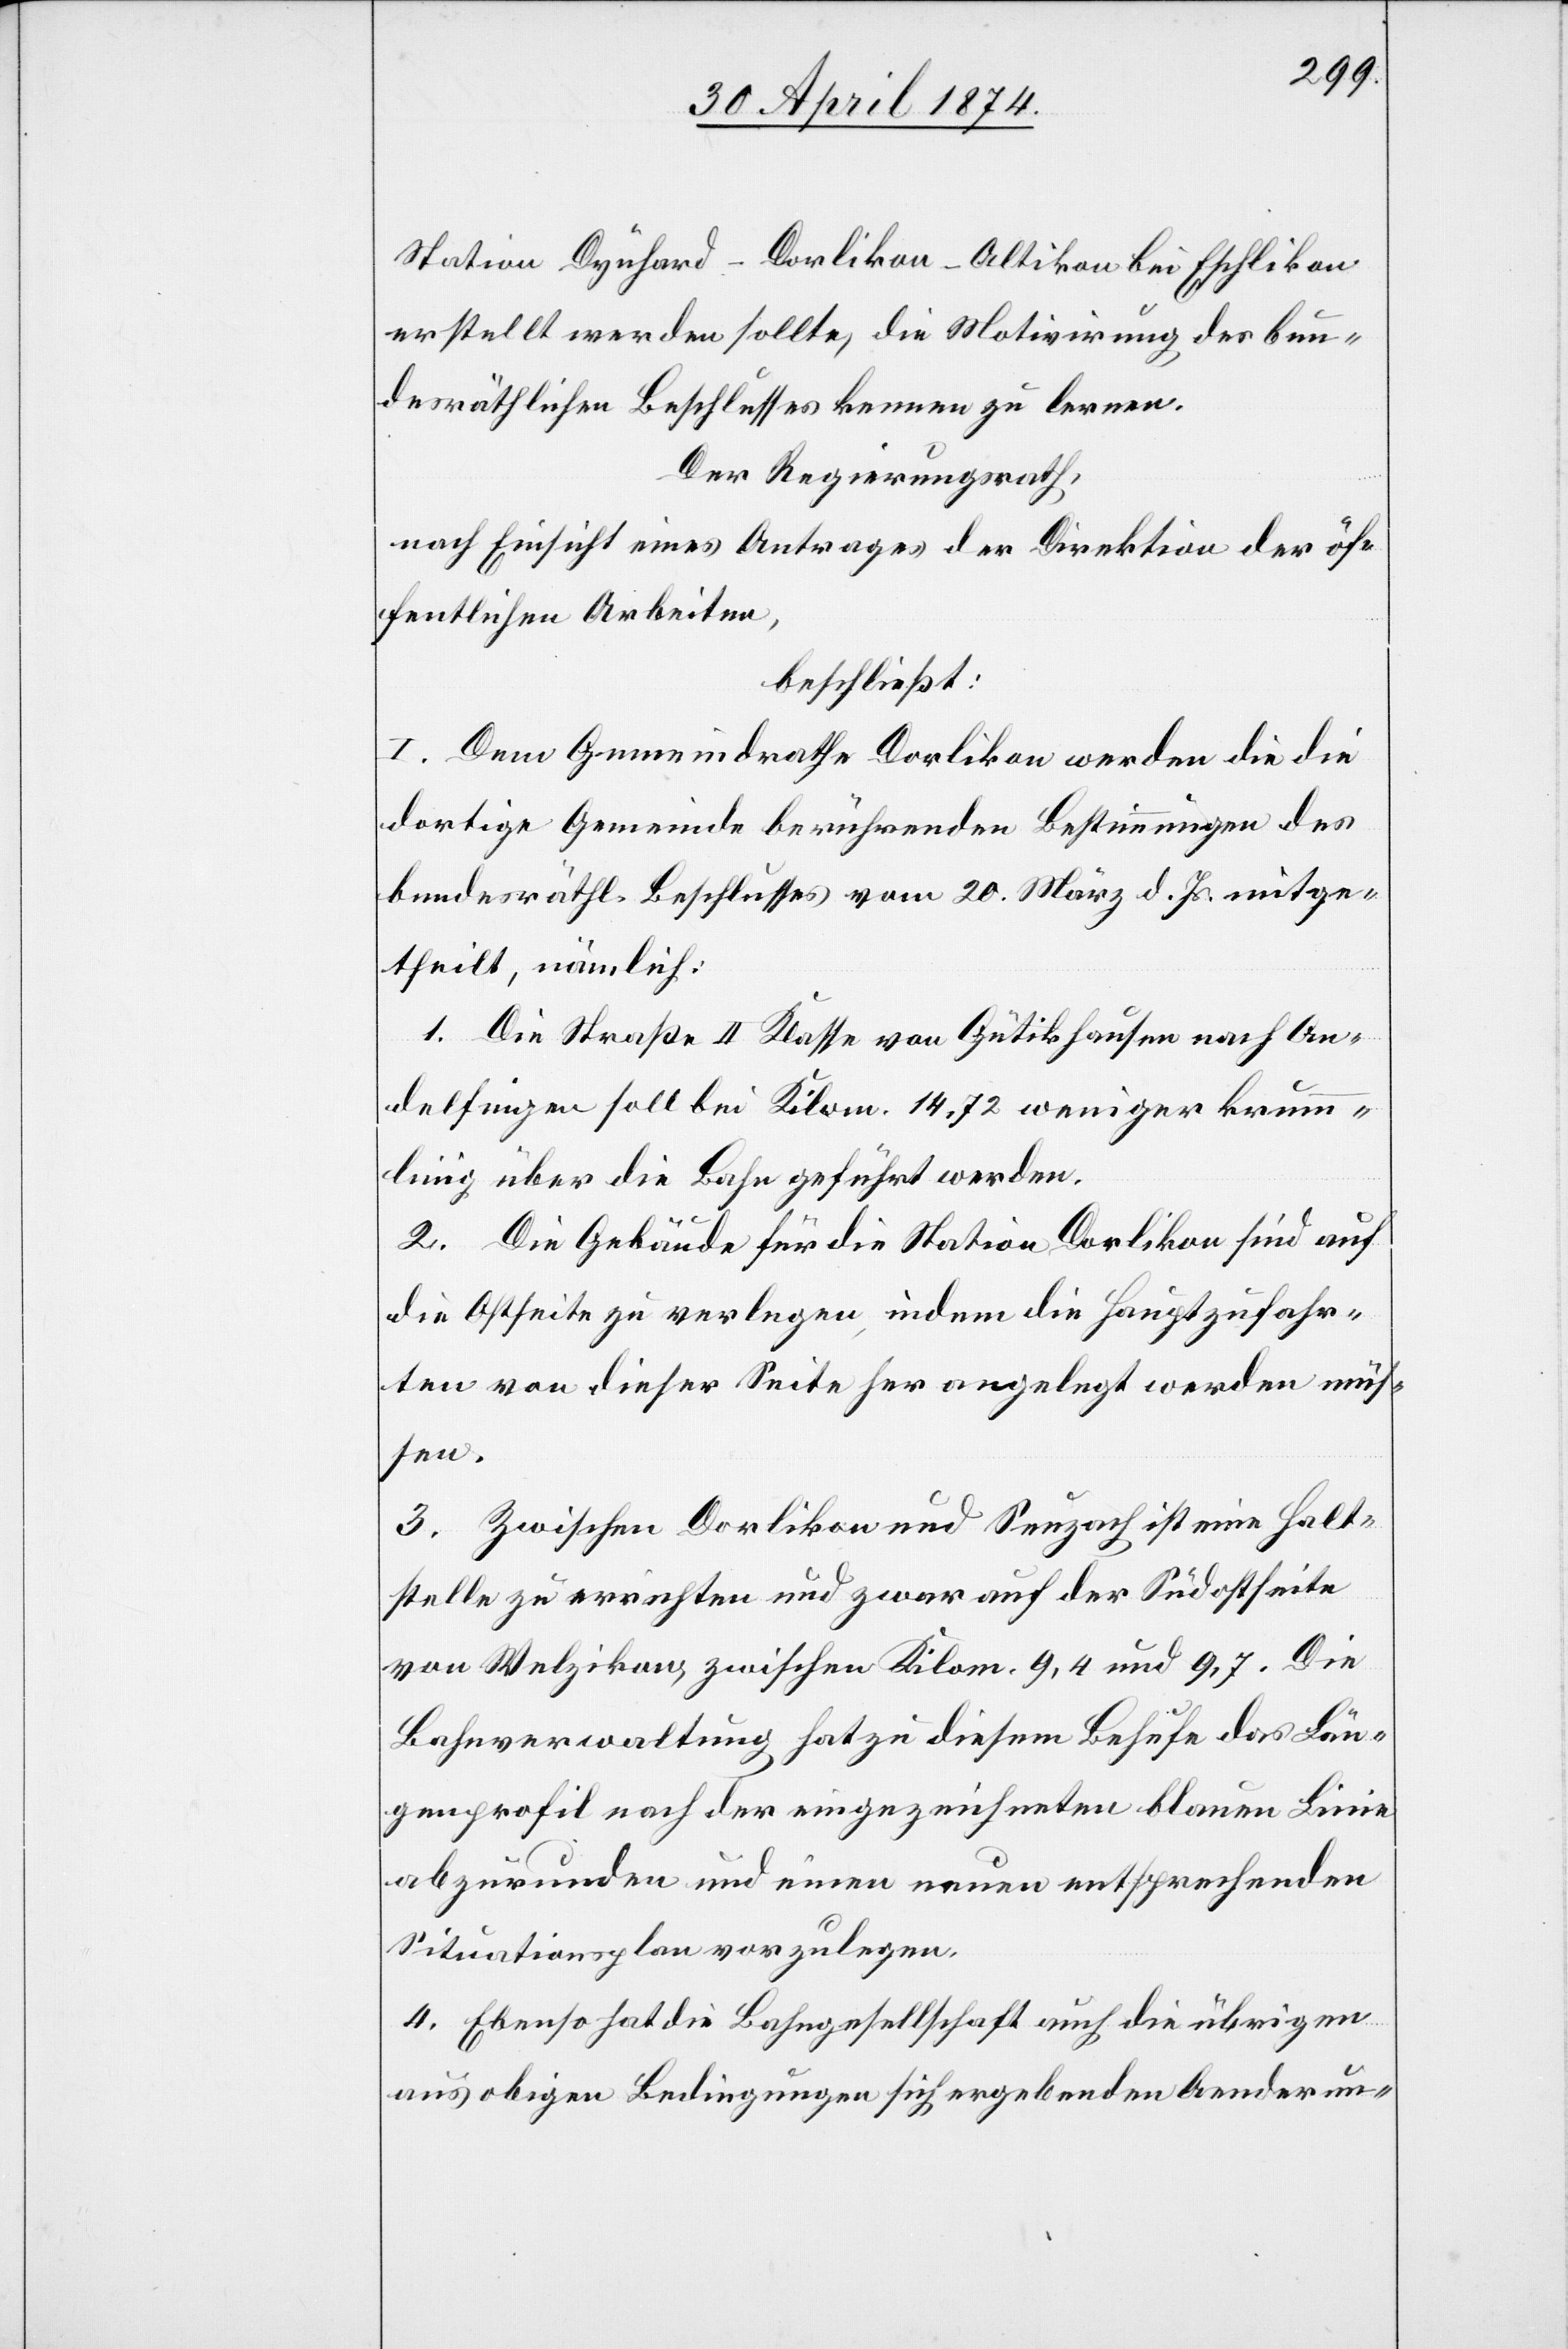
Station Dynhard-Dorlikon-Altikon bei Eschlikon
erstellt werden sollte, die Motivirung des bun¬
desräthlichen Beschlusses kennen zu lernen.
Der Regierungsrath,
nach Einsicht eines Antrages der Direktion der öf¬
fentlichen Arbeiten,
beschließt:
I. Dem Gemeindrathe Dorlikon werden die die
dortige Gemeinde berührenden Bestimmungen des
bundesräthl. Beschlusses vom 20. März d. Js. mitge¬
theilt, nämlich:
1. Die Straße II. Klasse von Gütikhausen nach An¬
delfingen soll bei Kilom. 14.72 weniger krum¬
mlinig über die Bahn geführt werden.
2. Die Gebäude für die Station Dorlikon sind auf
die Ostseite zu verlegen indem die Hauptzufahr¬
ten von dieser Seite her angelegt werden müs¬
sen.
3. Zwischen Dorlikon und Seuzach ist eine Halt¬
stelle zu errichten und zwar auf der Südostseite
von Welzikon, zwischen Kilom. 9,4 und 9,7. Die
Bahnverwaltung hat zu diesem Behufe das Län¬
genprofil nach der eingezeichneten blauen Linie
abzurunden und einen neuen entsprechenden
Situationsplan vorzulegen.
4. Ebenso hat die Bahngesellschaft auch die übrigen
aus obigen Bedingungen sich ergebenden Aenderun-